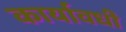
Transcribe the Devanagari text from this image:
कार्यावधी